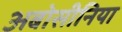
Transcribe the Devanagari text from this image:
अबोसीनिया